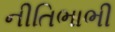
નીતિભાભી